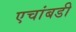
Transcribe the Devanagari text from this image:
एचांबडी